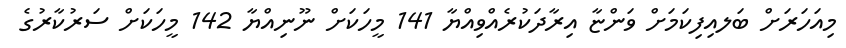
މިއަހަރަށް ބަލއިފިކަމަށް ވަންޏާ އިރާދަކުރެއްވިއްޔާ 141 މީހަކަށް ނޫނިއްޔާ 142 މީހަކަށް ސަރުކާރުގެ